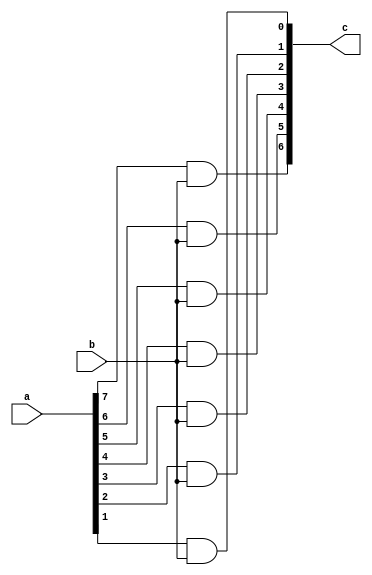
module rom_8(                                           //        
             a,                                       
             b,
             c
);
    
parameter               
                        D=8                          // D : Data width                  
;      

input wire [D-1:0] a
;
input wire b
;                  
output wire [D-2:0]c
;


assign c[6]= a[7] & b;
assign c[5]= a[6] & b;
assign c[4]= a[5] & b;
assign c[3]= a[4] & b;
assign c[2]= a[3] & b;
assign c[1]= a[2] & b;
assign c[0]= a[1] & b;
endmodule